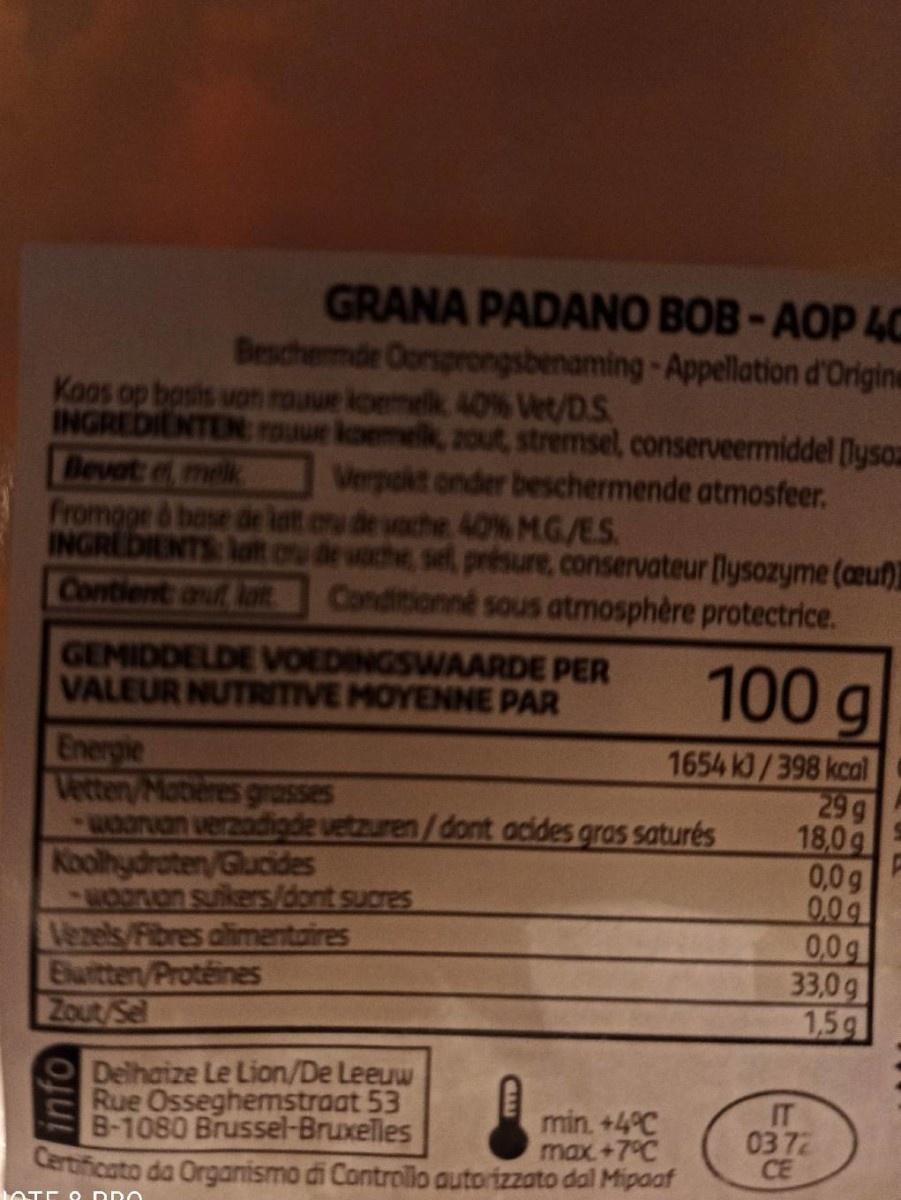
GRANA PADANO BOB-AOP 4C Beschermde Oorsprongsbenaming-Appellation d'Origine
Koas op bosis uan rouue koemelk, 40% Vet/D.S INGREDIENTEN: rouue koemelk, zout, stremsel, conserveermiddel lyson Bevat e melk fromgge & base de lat cru de voche 40% M.G/ES. INGREDIENTS lot ou de voche, sel, présure, conservateur lysozyme (ceuf) Contient auf lat. Conditionné sous atmosphère protectrice.
Verpokt onder beschermende atmosfeer.
GEMIDDELDE VOEDINGSWAARDE PER VALEUR NUTRITIVE MOYENNE PAR
100g
Energie Vetten/Motieres grasses wooruan verzadigde vetzuren/dont acides gras saturés Koolhydraten/Glucides Oonan suikers//dont sucres Vezels/Fibres alimentaires Euitten/Protéines Zout/Sel
1654 kJ/398 kcal 29 g 18,0g 0,0g 0.0g 0,0g 33,0g 1,5g
Delhaize Le Lion/De Leeuw Rue Osseghemstraat 53 B-1080 Brussel-Bruxelles Certificato da Organismo di Controllo autorizzato dal Mipaaf
IT 03 72 CE
min. +4°C max+7°C
OTE O DDO
info